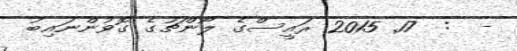
-  :  17